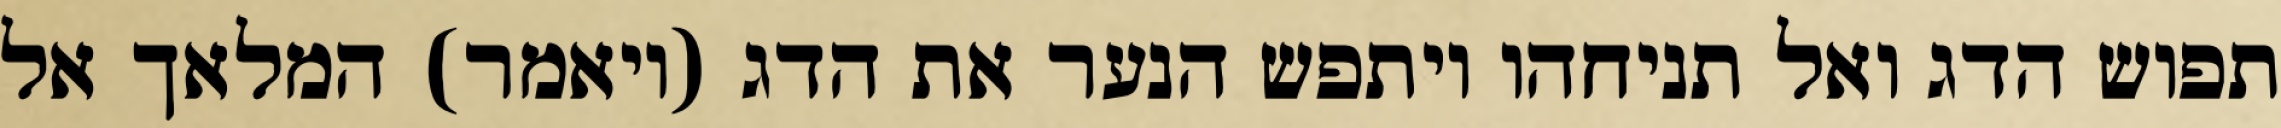
תפוש הדג ואל תניחהו ויתפש הנער את הדג (ויאמר) המלאך אל